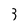
Character: 3